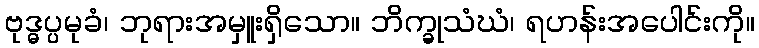
ဗုဒ္ဓပ္ပမုခံ၊ ဘုရားအမှူးရှိသော။ ဘိက္ခုသံဃံ၊ ရဟန်းအပေါင်းကို။